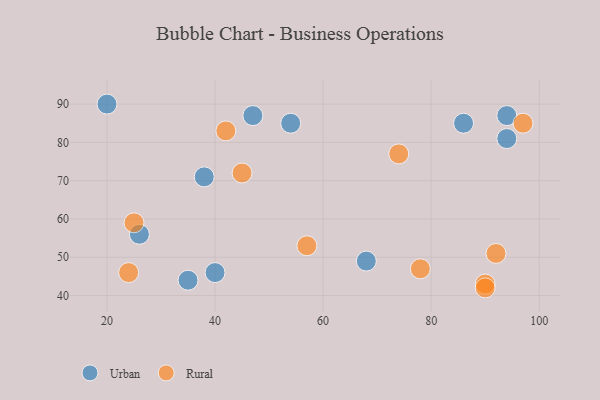
{"axis": {"x": "GDP", "y": "Life Expectancy"}, "legend": ["Rural", "Urban"], "data": [{"x": "68", "y": 49, "type": "Urban"}, {"x": "94", "y": 81, "type": "Urban"}, {"x": "54", "y": 85, "type": "Urban"}, {"x": "38", "y": 71, "type": "Urban"}, {"x": "40", "y": 46, "type": "Urban"}, {"x": "86", "y": 85, "type": "Urban"}, {"x": "47", "y": 87, "type": "Urban"}, {"x": "35", "y": 44, "type": "Urban"}, {"x": "20", "y": 90, "type": "Urban"}, {"x": "94", "y": 87, "type": "Urban"}, {"x": "26", "y": 56, "type": "Urban"}, {"x": "74", "y": 77, "type": "Rural"}, {"x": "90", "y": 43, "type": "Rural"}, {"x": "25", "y": 59, "type": "Rural"}, {"x": "24", "y": 46, "type": "Rural"}, {"x": "97", "y": 85, "type": "Rural"}, {"x": "90", "y": 42, "type": "Rural"}, {"x": "42", "y": 83, "type": "Rural"}, {"x": "57", "y": 53, "type": "Rural"}, {"x": "45", "y": 72, "type": "Rural"}, {"x": "78", "y": 47, "type": "Rural"}, {"x": "92", "y": 51, "type": "Rural"}]}